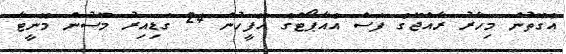
އެގޮތުން މިހާރު ރާއްޖޭގެ ފަސް އެއާޕޯޓްގެ އޮފީހުން 24 ގަޑިއިރު މޫސުން މޮނީޓާ